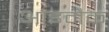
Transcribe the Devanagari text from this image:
आइमैक